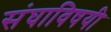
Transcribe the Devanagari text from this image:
संघाविषयी